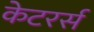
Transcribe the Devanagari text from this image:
केटरर्स